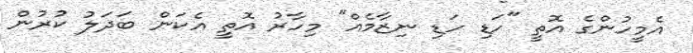
އެމީހުންގެ އޮތީ "ހަޑި ހަޑި ނިޒާމެއް" މިހާރު އޮތީ އެކަން ބަދަލު ކުރުން